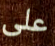
على